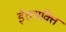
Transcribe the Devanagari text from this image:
ईशभक्ति